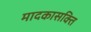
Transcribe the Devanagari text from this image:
मादकासक्ति